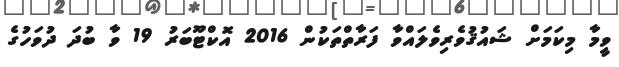
ވީމާ މިކަމަށް ޝައުޤުވެރިވެލައްވާ ފަރާތްތަކުން 2016 އޮކްޓޫބަރު 19 ވާ ބުދަ ދުވަހުގެ